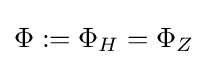
\Phi :=\Phi _{H}=\Phi _{Z}